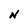
Character: N